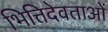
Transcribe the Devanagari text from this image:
भित्तिदेवताओं